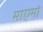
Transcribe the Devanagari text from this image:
माएमो